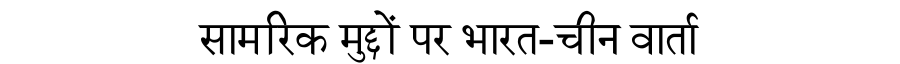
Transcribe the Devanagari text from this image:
सामरिक मुद्दों पर भारत-चीन वार्ता